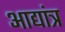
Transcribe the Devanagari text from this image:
आद्यांत्र